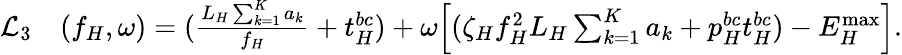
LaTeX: \begin{array}{rl}{\mathcal{L}_{3}}&{(f_{H},\omega)=(\frac{L_{H}\sum_{k=1}^{K}a_{k}}{f_{H}}+t_{H}^{bc})+\omega\Big[(\zeta_{H}f_{H}^{2}L_{H}\sum_{k=1}^{K}a_{k}+p_{H}^{bc}t_{H}^{bc})-{{E}}_{H}^{\operatorname*{max}}\Big].}\end{array}